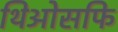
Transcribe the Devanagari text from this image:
थिओसफि